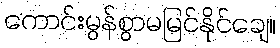
ကောင်းမွန်စွာမမြင်နိုင်ချေ။